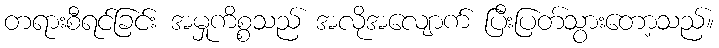
တရားစီရင်ခြင်း အမှုကိစ္စသည် အလိုအလျောက် ပြီးပြတ်သွားတော့သည်။